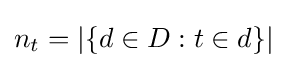
n_{t}=|\{d\in D:t\in d\}|